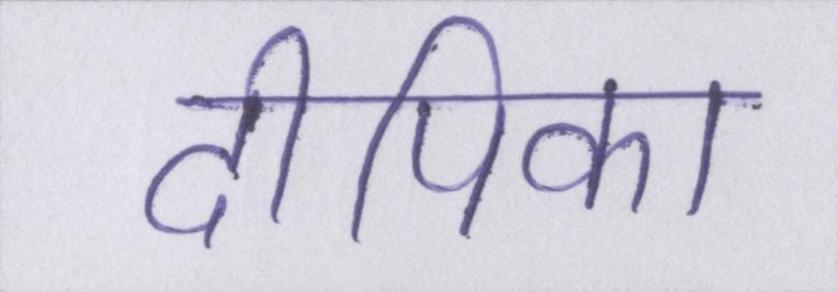
दीपिका